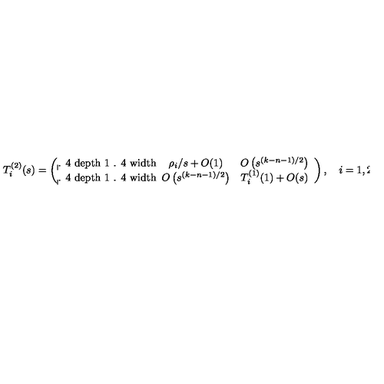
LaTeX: \renewcommand { \arraystretch } { 1 . 4 } T _ { i } ^ { ( 2 ) } ( s ) = \left( \begin{array} { c c } { \rho _ { i } / s + O ( 1 ) } & { O \left( s ^ { ( k - n - 1 ) / 2 } \right) } \\ { O \left( s ^ { ( k - n - 1 ) / 2 } \right) } & { T _ { i } ^ { ( 1 ) } ( 1 ) + O ( s ) } \\ \end{array} \right) , \quad i = 1 , 2 , 3 .